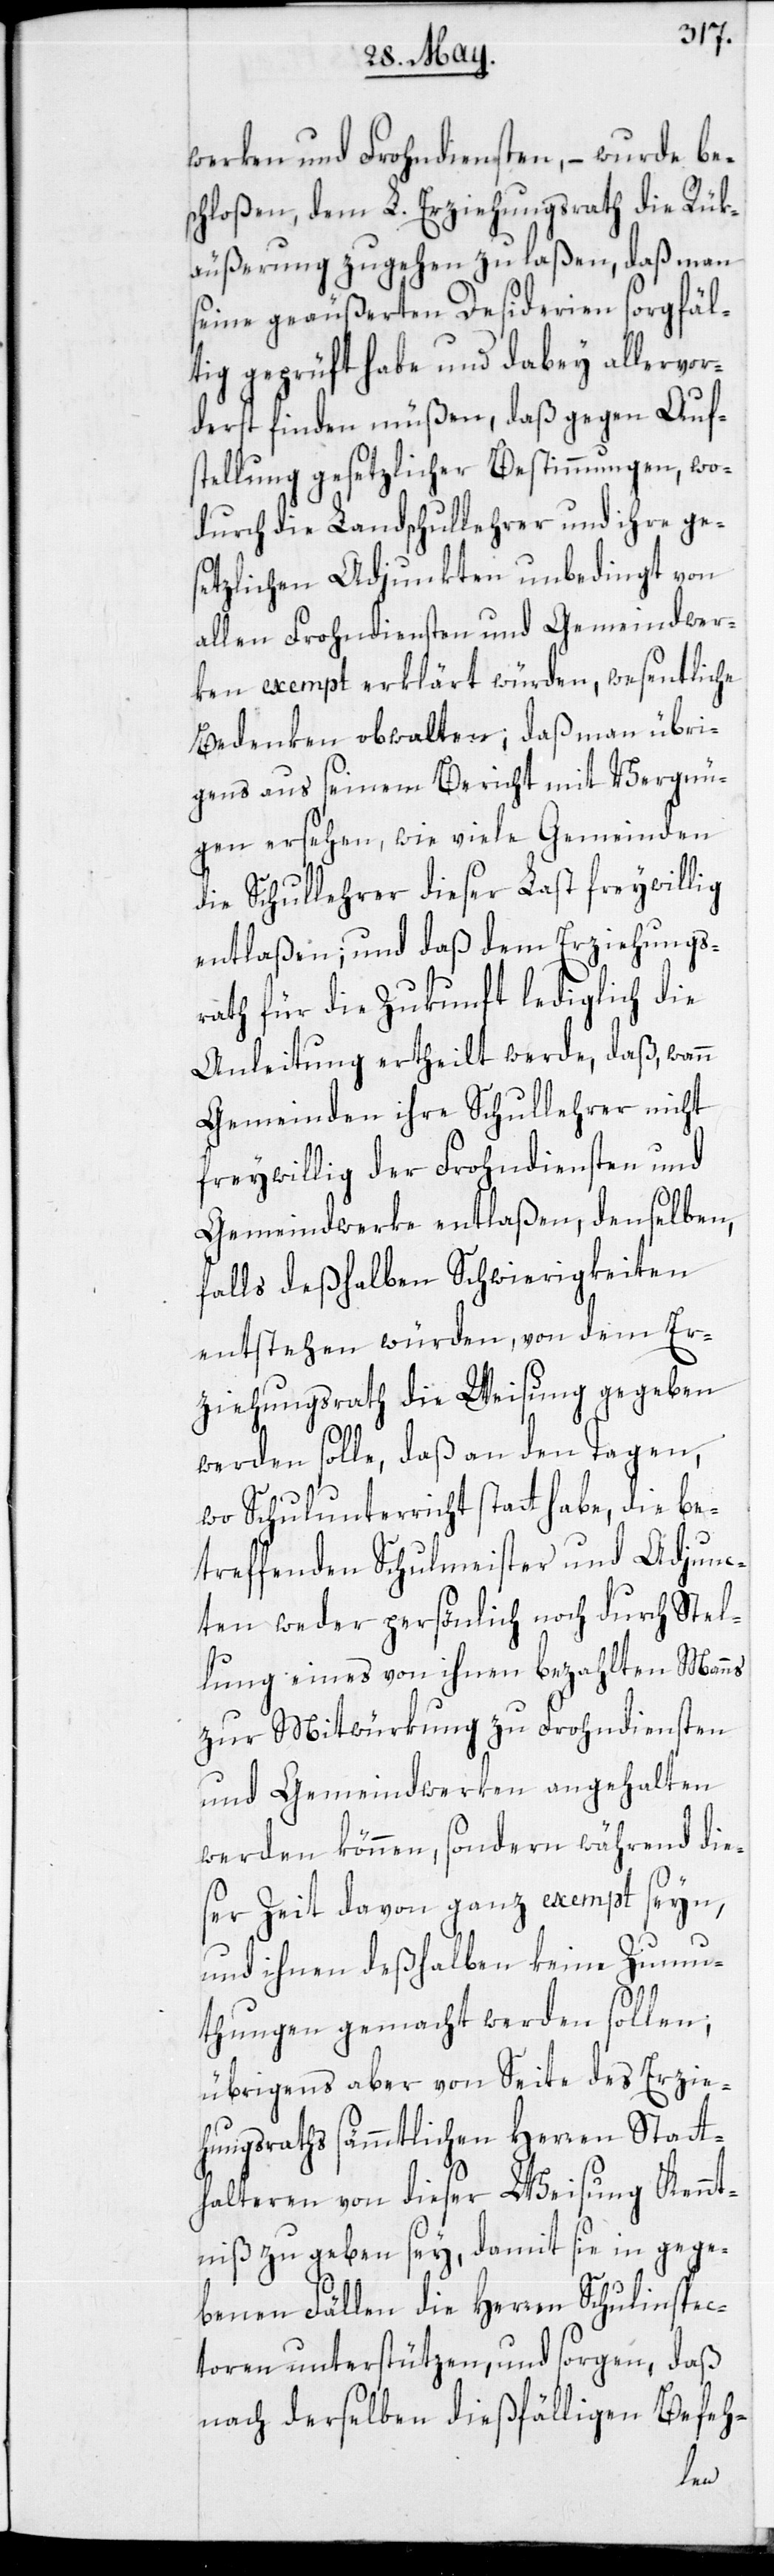
werken und Frohndiensten, – wurde be¬
schloßen, dem L. Erziehungsrath die Rük¬
äußerung zugehen zu laßen, daß man
seine geäußerten Desiderien sorgfäl¬
tig geprüft habe und dabey allervor¬
derst finden müßen, daß gegen Auf¬
stellung gesetzlicher Bestimmungen, wo¬
durch die Landschullehrer und ihre ges¬
etzlichen Adjunkten unbedingt von
allen Frohndiensten und Gemeindwer¬
ken exempt erklärt würden, wesentliche
Bedenken obwalten; daß man übri¬
gens aus seinem Bericht mit Vergnü¬
gen ersehen, wie viele Gemeinden
die Schullehrer dieser Last freywillig
entlaßen; und daß dem Erziehungs¬
rath für die Zukunft lediglich die
Anleitung ertheilt werde, daß wann
Gemeinden ihre Schullehrer nicht
freywillig der Frohndiensten und
Gemeindwerke entlaßen, denselben,
falls deßhalben Schwierigkeiten
entstehen würden, von dem Er¬
ziehungsrath die Weisung gegeben
werden solle, daß an den Tagen,
wo Schulunterricht statt habe, die be¬
treffenden Schulmeister und Adjunc¬
ten weder persönlich noch durch Stel¬
lung eines von ihnen bezahlten Manns
zur Mitwürkung zu Frondiensten
und Gemeindwerken angehalten
werden können, sondern während die¬
ser Zeit davon ganz exempt seyn,
und ihnen deßhalben keine Zumu¬
thungen gemacht werden sollen;
übrigens aber von Seite des Erzie¬
hungsraths sämmtlichen Herren Statt¬
halteren von dieser Weisung Kennt¬
niß zu geben sey, damit sie in gege¬
benen Fällen die Herren Schulinspec¬
toren unterstützen, und sorgen, daß
nach derselben dießfälligen Befeh-